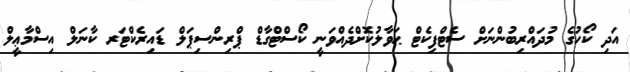
އަދި ކޯހުގެ މުދައްރިބުންނަށް ސެޓްފިކެޓް ޙަވާލުކޮށްދެއްވަނީ ކޯސްޓްގާޑް ޕްރިންސިޕަލް ޑައިރެކްޓަރ ކާނަލް އިސްމާޢީލް